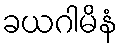
ခယဂါမိနံ